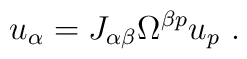
u_\alpha =  J_{\alpha \beta} \Omega^{\beta p} u_p \ .